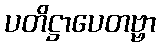
ပတိဋ္ဌာပေတဗ္ဗာ